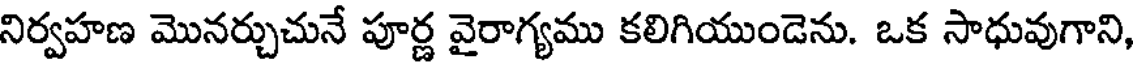
నిర్వహణ మొనర్చుచునే పూర్ణ వైరాగ్యము కలిగియుండెను. ఒక సాధువుగాని,